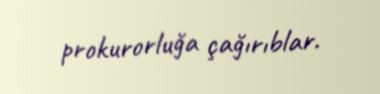
prokurorluğa çağırıblar.